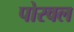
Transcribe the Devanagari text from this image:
पोरवल